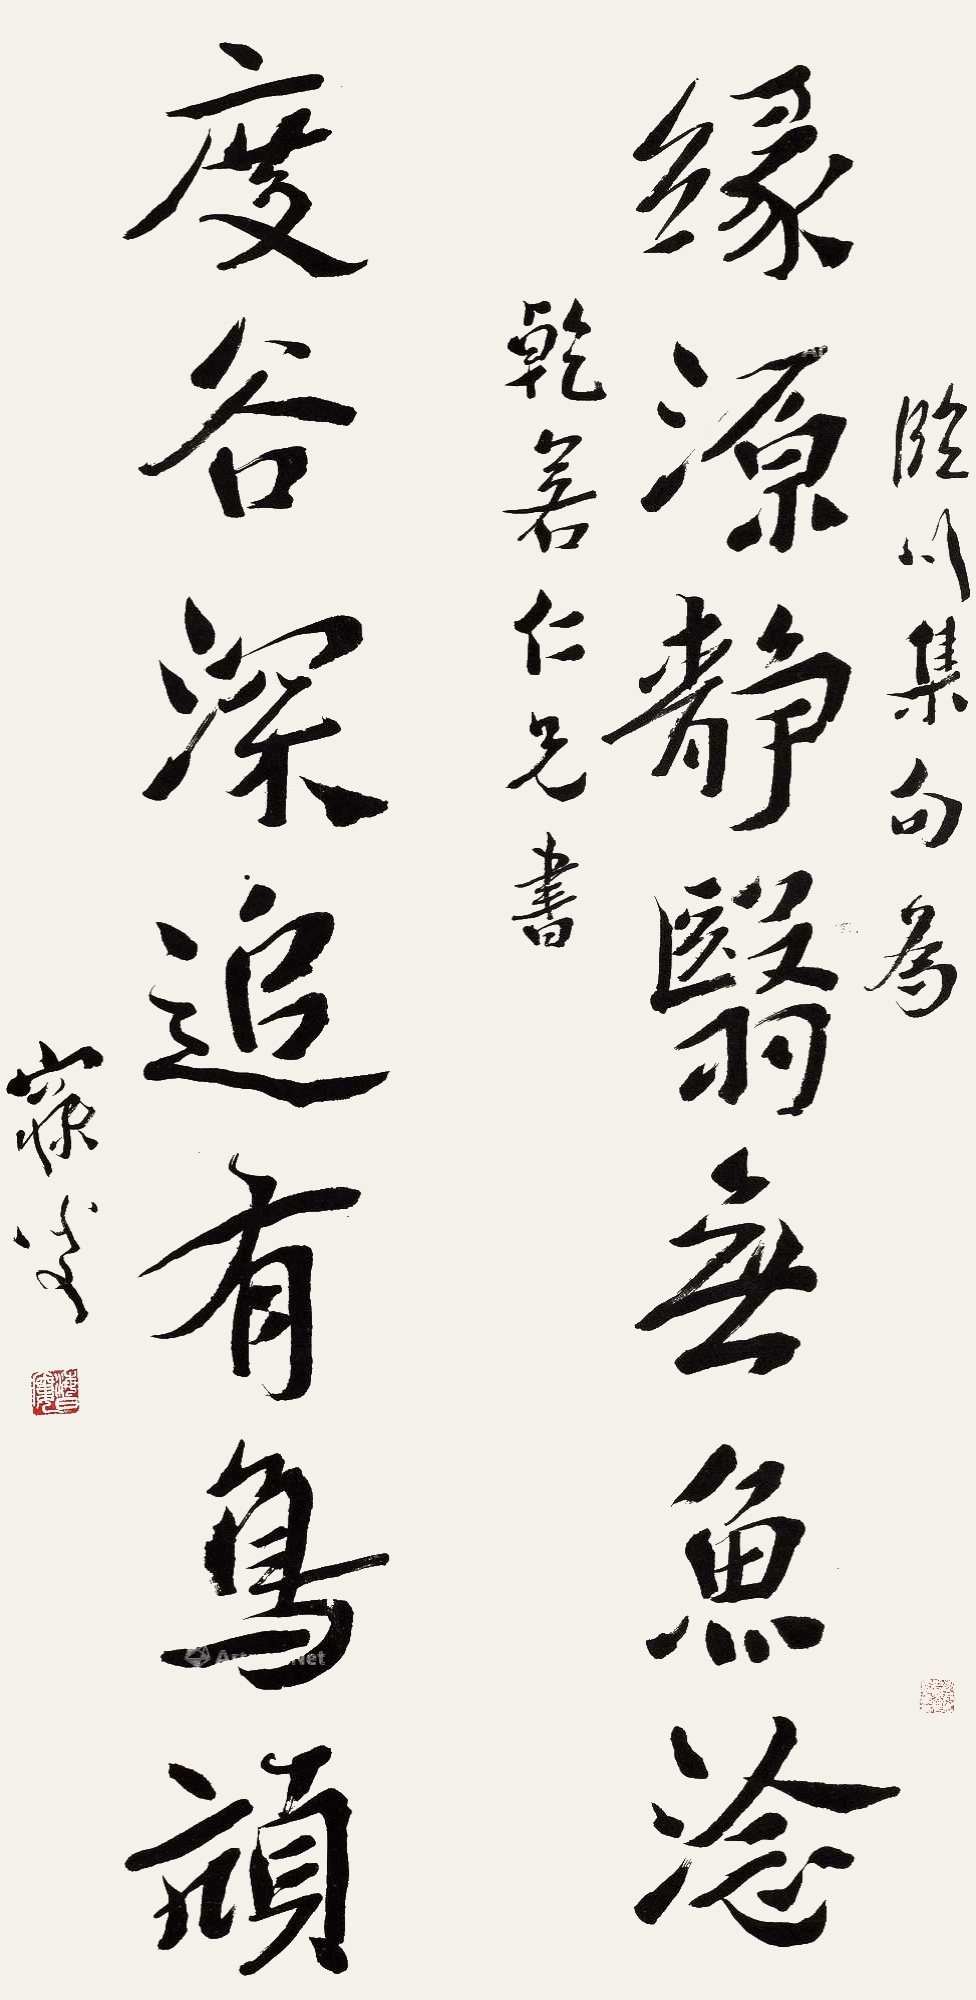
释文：缘源静翳无鱼淰，度谷深追有鸟颃。临川集句为干若仁兄书，寐叟。